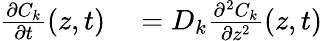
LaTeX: \begin{array}{rl}{\frac{\partial C_{k}}{\partial t}(z,t)}&{{}=D_{k}\frac{\partial^{2}C_{k}}{\partial z^{2}}(z,t)}\end{array}